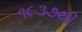
૧૯૩૭થી